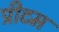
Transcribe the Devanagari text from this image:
प्रीटम